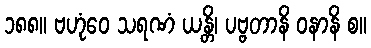
၁၈၈။ ဗဟုံဝေ သရဏံ ယန္တိ၊ ပဗ္ဗတာနိ ဝနာနိ စ။